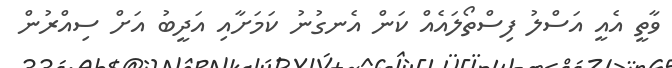
ވާތީ އެއީ އަސްލު ފިސްތޯލައެއް ކަން އެނގުނު ކަމަށާއި އަދީބު އަށް ސިއްރުން